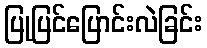
ပြုပြင်ပြောင်းလဲခြင်း